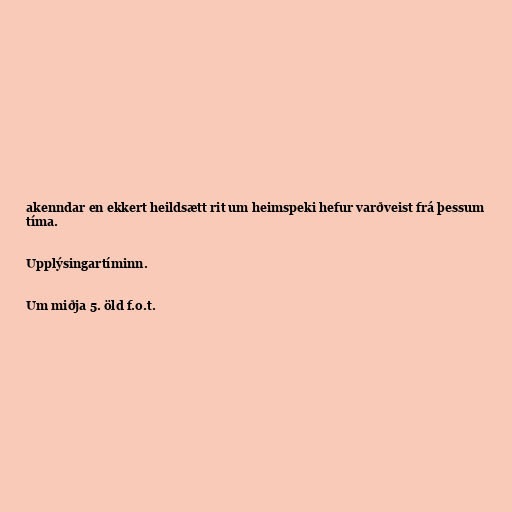
akenndar en ekkert heildsætt rit um heimspeki hefur varðveist frá þessum
tíma.

Upplýsingartíminn.

Um miðja 5. öld f.o.t.